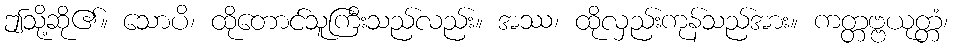
ဤသို့ဆို၏။ သောပိ၊ ထိုတောင်သူကြီးသည်လည်း။ အဿ၊ ထိုလှည်းကုန်သည်အား။ ကတ္တဗ္ဗယုတ္တံ၊